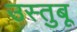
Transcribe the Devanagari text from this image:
उस्तुबू